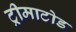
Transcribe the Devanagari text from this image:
ट्रीमाटोड